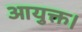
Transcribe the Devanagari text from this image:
आयुक्त।